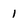
Character: 1